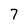
Character: 7